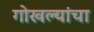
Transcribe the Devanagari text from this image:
गोखल्यांचा